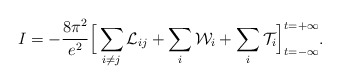
\begin{align*}I = -\frac{8\pi^2}{e^2} \Big[\sum_{i \neq j}{\cal L}_{ij} + \sum_i {\cal W}_i + \sum_i {\cal T}_i\Big]_{t = -\infty}^{t = +\infty}.\end{align*}